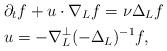
LaTeX: \begin{align*} &\partial_tf + u\cdot\nabla_Lf=\nu\Delta_Lf \\& u=- \nabla^{\perp}_L (-\Delta_L)^{-1}f, \end{align*}